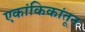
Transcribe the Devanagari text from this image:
एकांकिकांतून